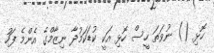
ހޮޅި () ނުވަތަ ހީސް ހޮޅި އަކީ ކުޑަކަމުދާ ނިޒާމްގެ އެންމެ ފަހު